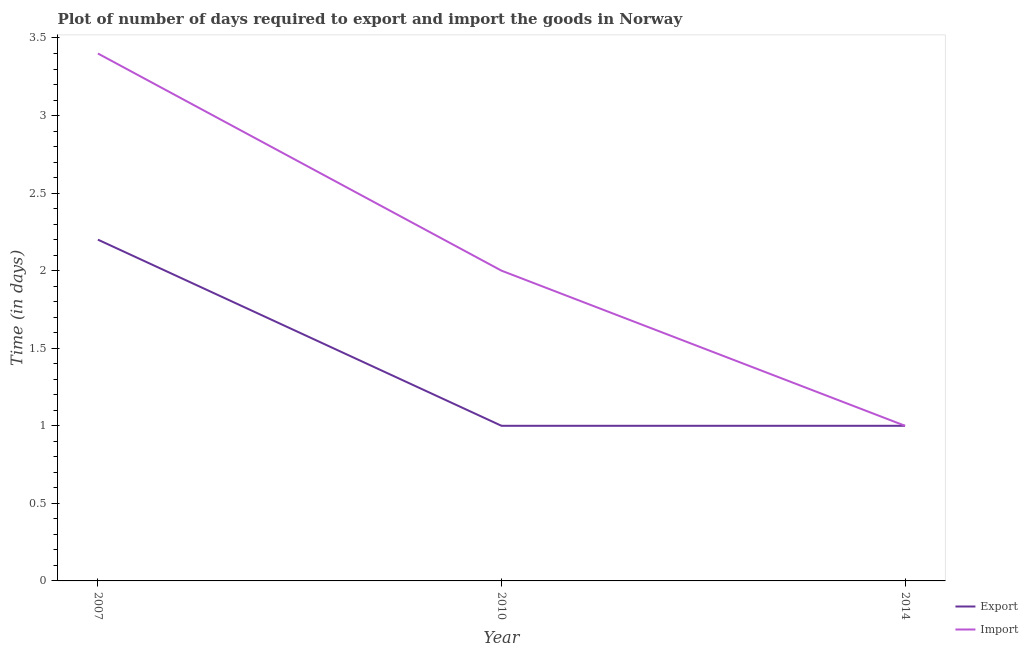
| Year | Export | Import |
 | --- | --- | --- |
 | 2007 | 2.2 | 3.4 |
 | 2010 | 1 | 2 |
 | 2014 | 1 | 1 |